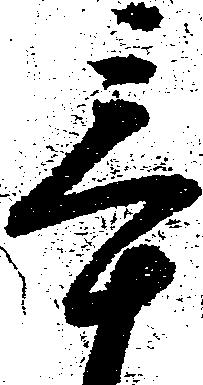
辛